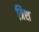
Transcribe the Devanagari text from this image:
त्रिश